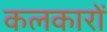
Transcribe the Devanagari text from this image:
कलकारों